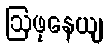
ဩဖုနေယျ